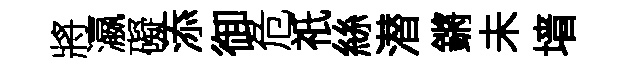
將瀛礙添御危祇絲潜鏘未墙